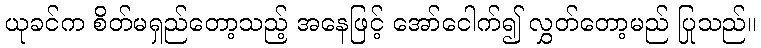
ယုခင်က စိတ်မရှည်တော့သည့် အနေဖြင့် အော်ငေါက်၍ လွှတ်တော့မည် ပြုသည်။